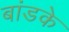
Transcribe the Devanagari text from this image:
बांडके